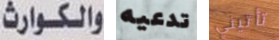
والكوارث تدعيه تأتيني